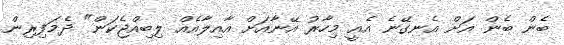
ބެން ބެން އަށް އެނގޭނެ އެއީ މިހާރު އޭނާއަށް އާއިލާއެއް ލިބިއްޖެކަން" ދެމަފިރިން